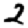
Digit: 2